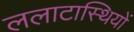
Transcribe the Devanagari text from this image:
ललाटास्थियों